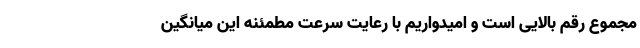
مجموع رقم بالایی است و امیدواریم با رعایت سرعت مطمئنه این میانگین